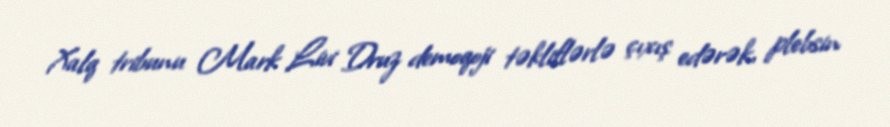
Xalq tribunu Mark Livi Druz demoqoji təkliflərlə çıxış edərək, plebsin